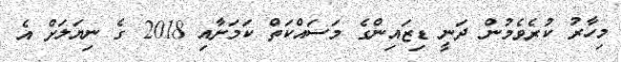
މިހާރު ކުރެވެމުން ދަނީ ޑިޒައިންގެ މަސައްކަތް ކަމަށާއި 2018 ގެ ނިޔަލަށް އެ